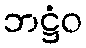
ဘဋ္ဌံဝ